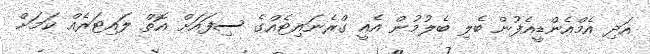
އަދި އެމްއެންޑީއެފުން ބެލި ބެލުމުން އެއީ ގްރެނައިޓެއްގެ ސިފައަށް އޮތް ލައިޓަރެއް ކަމަށް